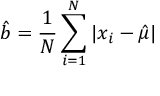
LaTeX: { \hat { b } } = { \frac { 1 } { N } } \sum _ { i = 1 } ^ { N } | x _ { i } - { \hat { \mu } } |